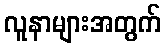
လူနာများအတွက်